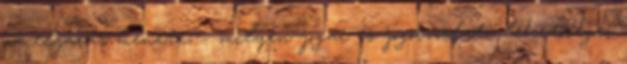
az eljárás menete, – milyen jogai és jogorvoslati lehetőségei